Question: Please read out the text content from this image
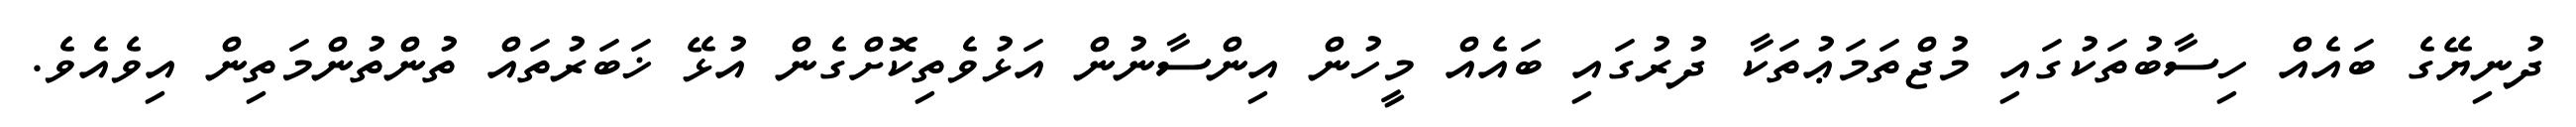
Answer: ދުނިޔޭގެ ބައެއް ހިސާބުތަކުގައި މުޖްތަމަޢުތަކާ ދުރުގައި ބައެއް މީހުން އިންސާނުން އަޅުވެތިކޮށްގެން އުޅޭ ޚަބަރުތައް ތުންތުންމަތިން އިވެއެވެ.